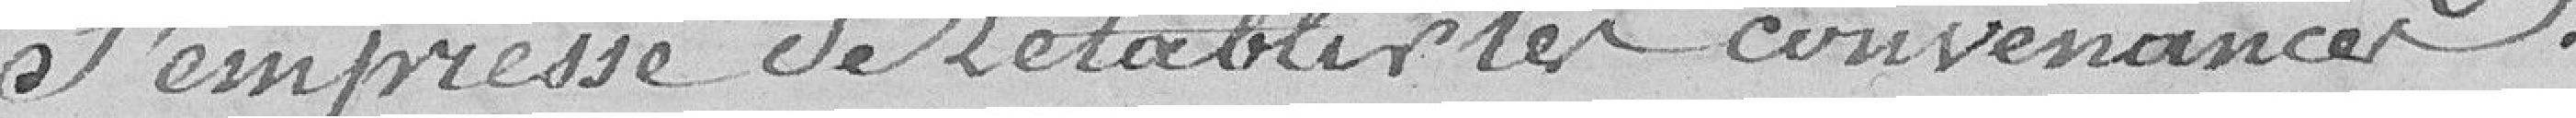
s'empresse de rétablir les convenances